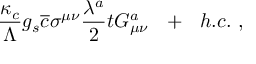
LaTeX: \frac { \kappa _ { c } } { \Lambda } g _ { s } \overline { { { c } } } \sigma ^ { \mu \nu } \frac { \lambda ^ { a } } { 2 } t G _ { \mu \nu } ^ { a } ~ ~ + ~ ~ h . c . ~ ,